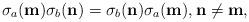
LaTeX: \begin{align*}\sigma_{a}({\bf m}) \sigma_{b}({\bf n}) = \sigma_{b}({\bf n}) \sigma_{a}({\bf m}) ,{\bf n} \neq {\bf m},\end{align*}